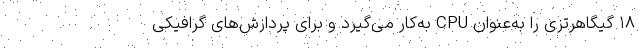
۱۸ گیگاهرتزی را به‌عنوان CPU به‌کار می‌گیرد و برای پردازش‌های گرافیکی